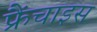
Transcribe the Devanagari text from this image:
फ्रैंचाइस